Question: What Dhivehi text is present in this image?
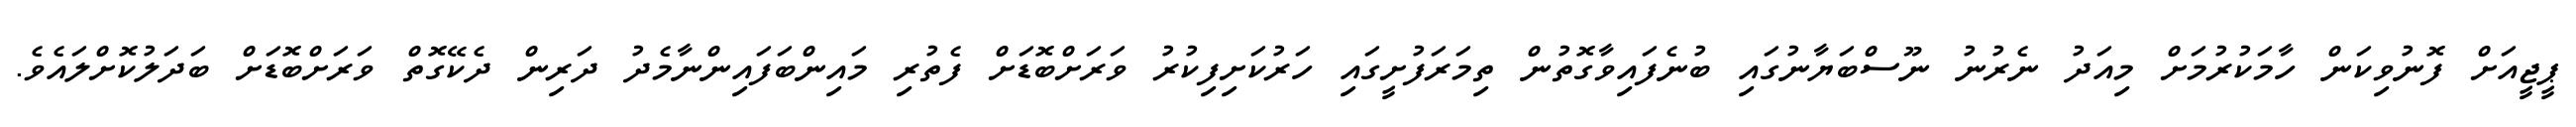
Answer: ޕީޖީއަށް ފޮނުވިކަން ހާމަކުރުމަށް މިއަދު ނެރުނު ނޫސްބަޔާނުގައި ބުނެފައިވާގޮތުން ތިމަރަފުށީގައި ހަރުކަށިފިކުރު ވަރަށްބޮޑަށް ފެތުރި މައިންބަފައިންނާމެދު ދަރިން ދެކޭގޮތް ވަރަށްބޮޑަށް ބަދަލުކޮށްލައެވެ.